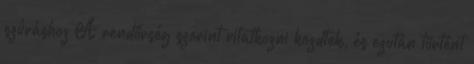
szúráshoz A rendőrség szerint vitatkozni kezdtek, és ezután történt